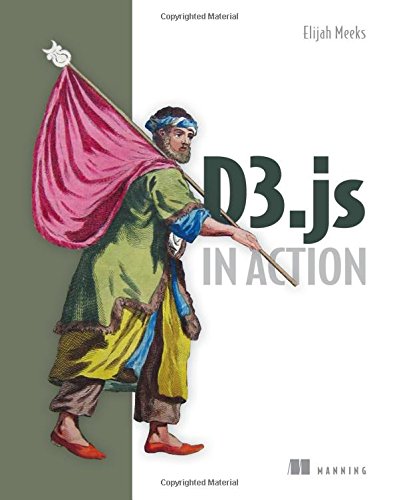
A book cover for D3.js in Action; Elijah Meeks; Computers & Technology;